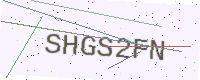
Text: SHGS2FN